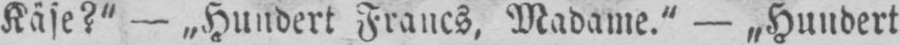
Käse?” - „Hundert Francs, Madame.“ - „Hundert